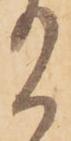
給